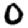
Digit: 0